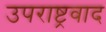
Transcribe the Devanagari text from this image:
उपराष्ट्रवाद